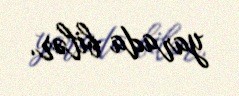
yarada bilər.